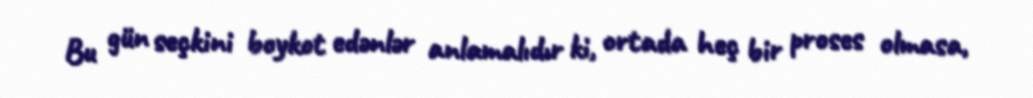
Bu gün seçkini boykot edənlər anlamalıdır ki, ortada heç bir proses olmasa,